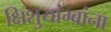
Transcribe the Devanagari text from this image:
क्षिशुयांग्बांना